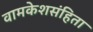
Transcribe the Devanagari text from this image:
वामकेशसंहिता